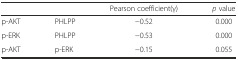
<table><thead><tr><td></td><td></td><td><b>Pearson coefficient(γ)</b></td><td><b><i>p</i> value</b></td></tr></thead><tbody><tr><td>p-AKT</td><td>PHLPP</td><td>−0.52</td><td>0.000</td></tr><tr><td>p-ERK</td><td>PHLPP</td><td>−0.53</td><td>0.000</td></tr><tr><td>p-AKT</td><td>p-ERK</td><td>−0.15</td><td>0.055</td></tr></tbody></table>